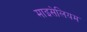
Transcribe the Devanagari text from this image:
माइसेलियम